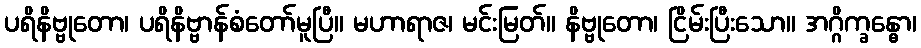
ပရိနိဗ္ဗုတော၊ ပရိနိဗ္ဗာန်စံတော်မူပြီ။ မဟာရာဇ၊ မင်းမြတ်။ နိဗ္ဗုတော၊ ငြိမ်းပြီးသော။ အဂ္ဂိက္ခန္ဓော၊